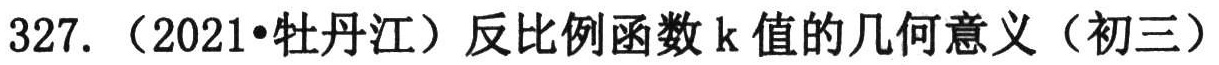
327. （2021•牡丹江）反比例函数\(k\)值的几何意义（初三）